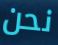
نحن